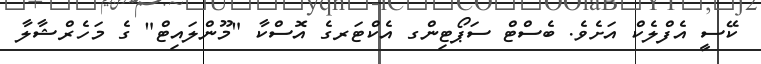
ކޭސީ އެފްލެކް އަށެވެ. ބެސްޓް ސަޕޯޓިންގ އެކްޓަރގެ އޮސްކާ "މޫންލައިޓް" ގެ މަހެރްޝާލާ